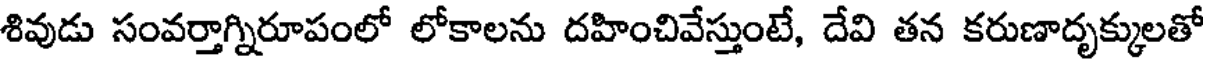
శివుడు సంవర్తాగ్నిరూపంలో లోకాలను దహించివేస్తుంటే, దేవి తన కరుణాదృక్కులతో